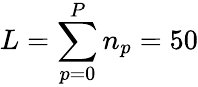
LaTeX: L=\sum_{p=0}^{P}n_{p}=50